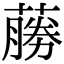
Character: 蕂